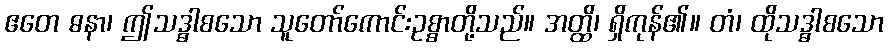
ဧတေ ဓနာ၊ ဤသဒ္ဓါစသော သူတော်ကောင်းဥစ္စာတို့သည်။ အတ္ထိ၊ ရှိကုန်၏။ တံ၊ ထိုသဒ္ဓါစသော